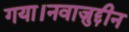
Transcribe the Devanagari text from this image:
गया।नवाज़ुद्दीन